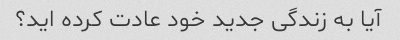
آیا به زندگی جدید خود عادت کرده اید؟